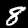
Label: 8